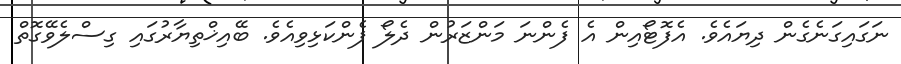
ނަގައިގަނެގެން ދިޔައެވެ. އެފޮޓޯއިން އެ ފެންނަ މަންޒަރުން ދެލޯ ފެންކަޅިވިއެވެ. ބޭއިޚްތިޔާރުގައި ގިސްލެވޭގޮތް